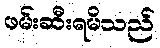
ဖမ်းဆီးရမိသည်